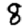
Digit: 8